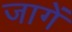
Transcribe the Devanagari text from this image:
जागें